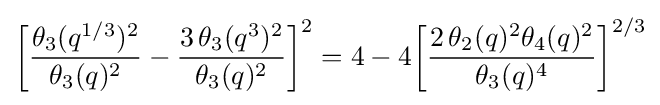
{\biggl [}{\frac {\theta _{3}(q^{1/3})^{2}}{\theta _{3}(q)^{2}}}-{\frac {3\,\theta _{3}(q^{3})^{2}}{\theta _{3}(q)^{2}}}{\biggr ]}^{2}=4-4{\biggl [}{\frac {2\,\theta _{2}(q)^{2}\theta _{4}(q)^{2}}{\theta _{3}(q)^{4}}}{\biggr ]}^{2/3}